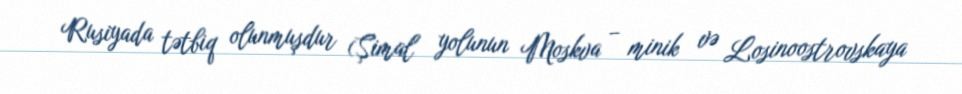
Rusiyada tətbiq olunmuşdur (Şimal yolunun Moskva – minik və Losinoostrovskaya